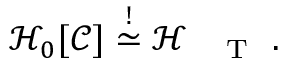
\begin{array} { r } { \mathcal { H } _ { 0 } [ \mathcal { C } ] \stackrel { ! } { \simeq } \mathcal { H } _ { \mathrm { ~ \tiny ~ \textnormal ~ { ~ T ~ } ~ } } \, . } \end{array}